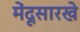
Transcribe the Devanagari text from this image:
मेंदूसारखे